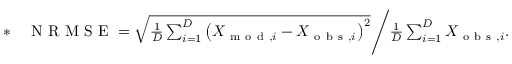
\begin{array} { r l } { * } & { { } \mathrm { ~ N ~ R ~ M ~ S ~ E ~ } = \sqrt { \frac { 1 } { D } \sum _ { i = 1 } ^ { D } \left( X _ { \mathrm { ~ m ~ o ~ d ~ } , i } - X _ { \mathrm { ~ o ~ b ~ s ~ } , i } \right) ^ { 2 } } \Bigg / \frac { 1 } { D } \sum _ { i = 1 } ^ { D } X _ { \mathrm { ~ o ~ b ~ s ~ } , i } . } \end{array}